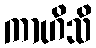
ကာဟိသိ